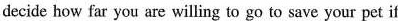
decide how far you are willing to go to save your pet if